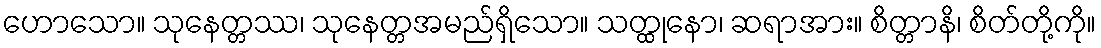
ဟောသော။ သုနေတ္တဿ၊ သုနေတ္တအမည်ရှိသော။ သတ္ထုနော၊ ဆရာအား။ စိတ္တာနိ၊ စိတ်တို့ကို။